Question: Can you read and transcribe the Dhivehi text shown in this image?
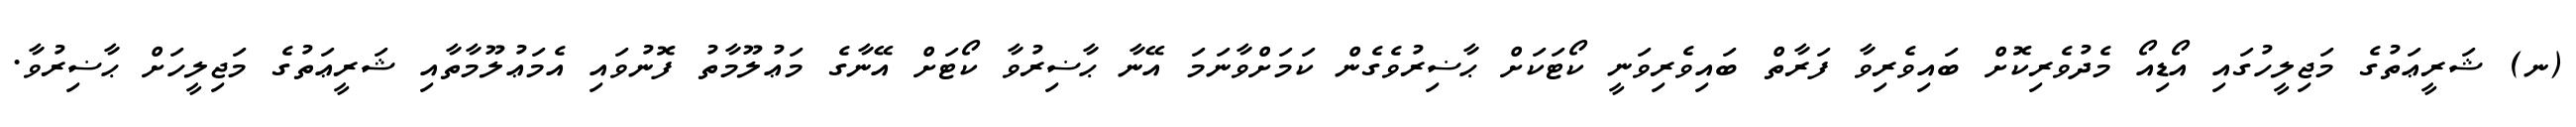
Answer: (ނ) ޝަރީޢަތުގެ މަޖިލީހުގައި އޯޑިއޯ މެދުވެރިކޮށް ބައިވެރިވާ ފަރާތް ބައިވެރިވަނީ ކޯޓަކަށް ޙާޟިރުވެގެން ކަމަށްވާނަމަ އޭނާ ޙާޟިރުވާ ކޯޓަށް އޭނާގެ މަޢުލޫމާތު ފޮނުވައި އެމަޢުލޫމާތާއި ޝަރީޢަތުގެ މަޖިލީހަށް ޙާޟިރުވާ.